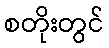
စတိုးတွင်